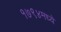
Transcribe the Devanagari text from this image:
१७९४मध्ये